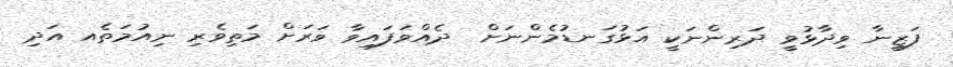
ފަޒީނާ ވިދާޅުވީ ދަރިންނަކީ އަޅުގަނޑުމެންނަށް  ދެއްވަފައިވާ ވަރަށް މަތިވެރި ނިއުމަތެއ އަދި